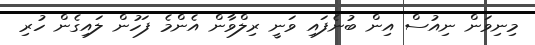
މިނިވަން ނިއުސް އިން ބުނެފައި ވަނީ ރިލްވާން އެންމެ ފަހުން ލައިގެން ހުރި